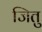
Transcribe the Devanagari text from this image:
जितु